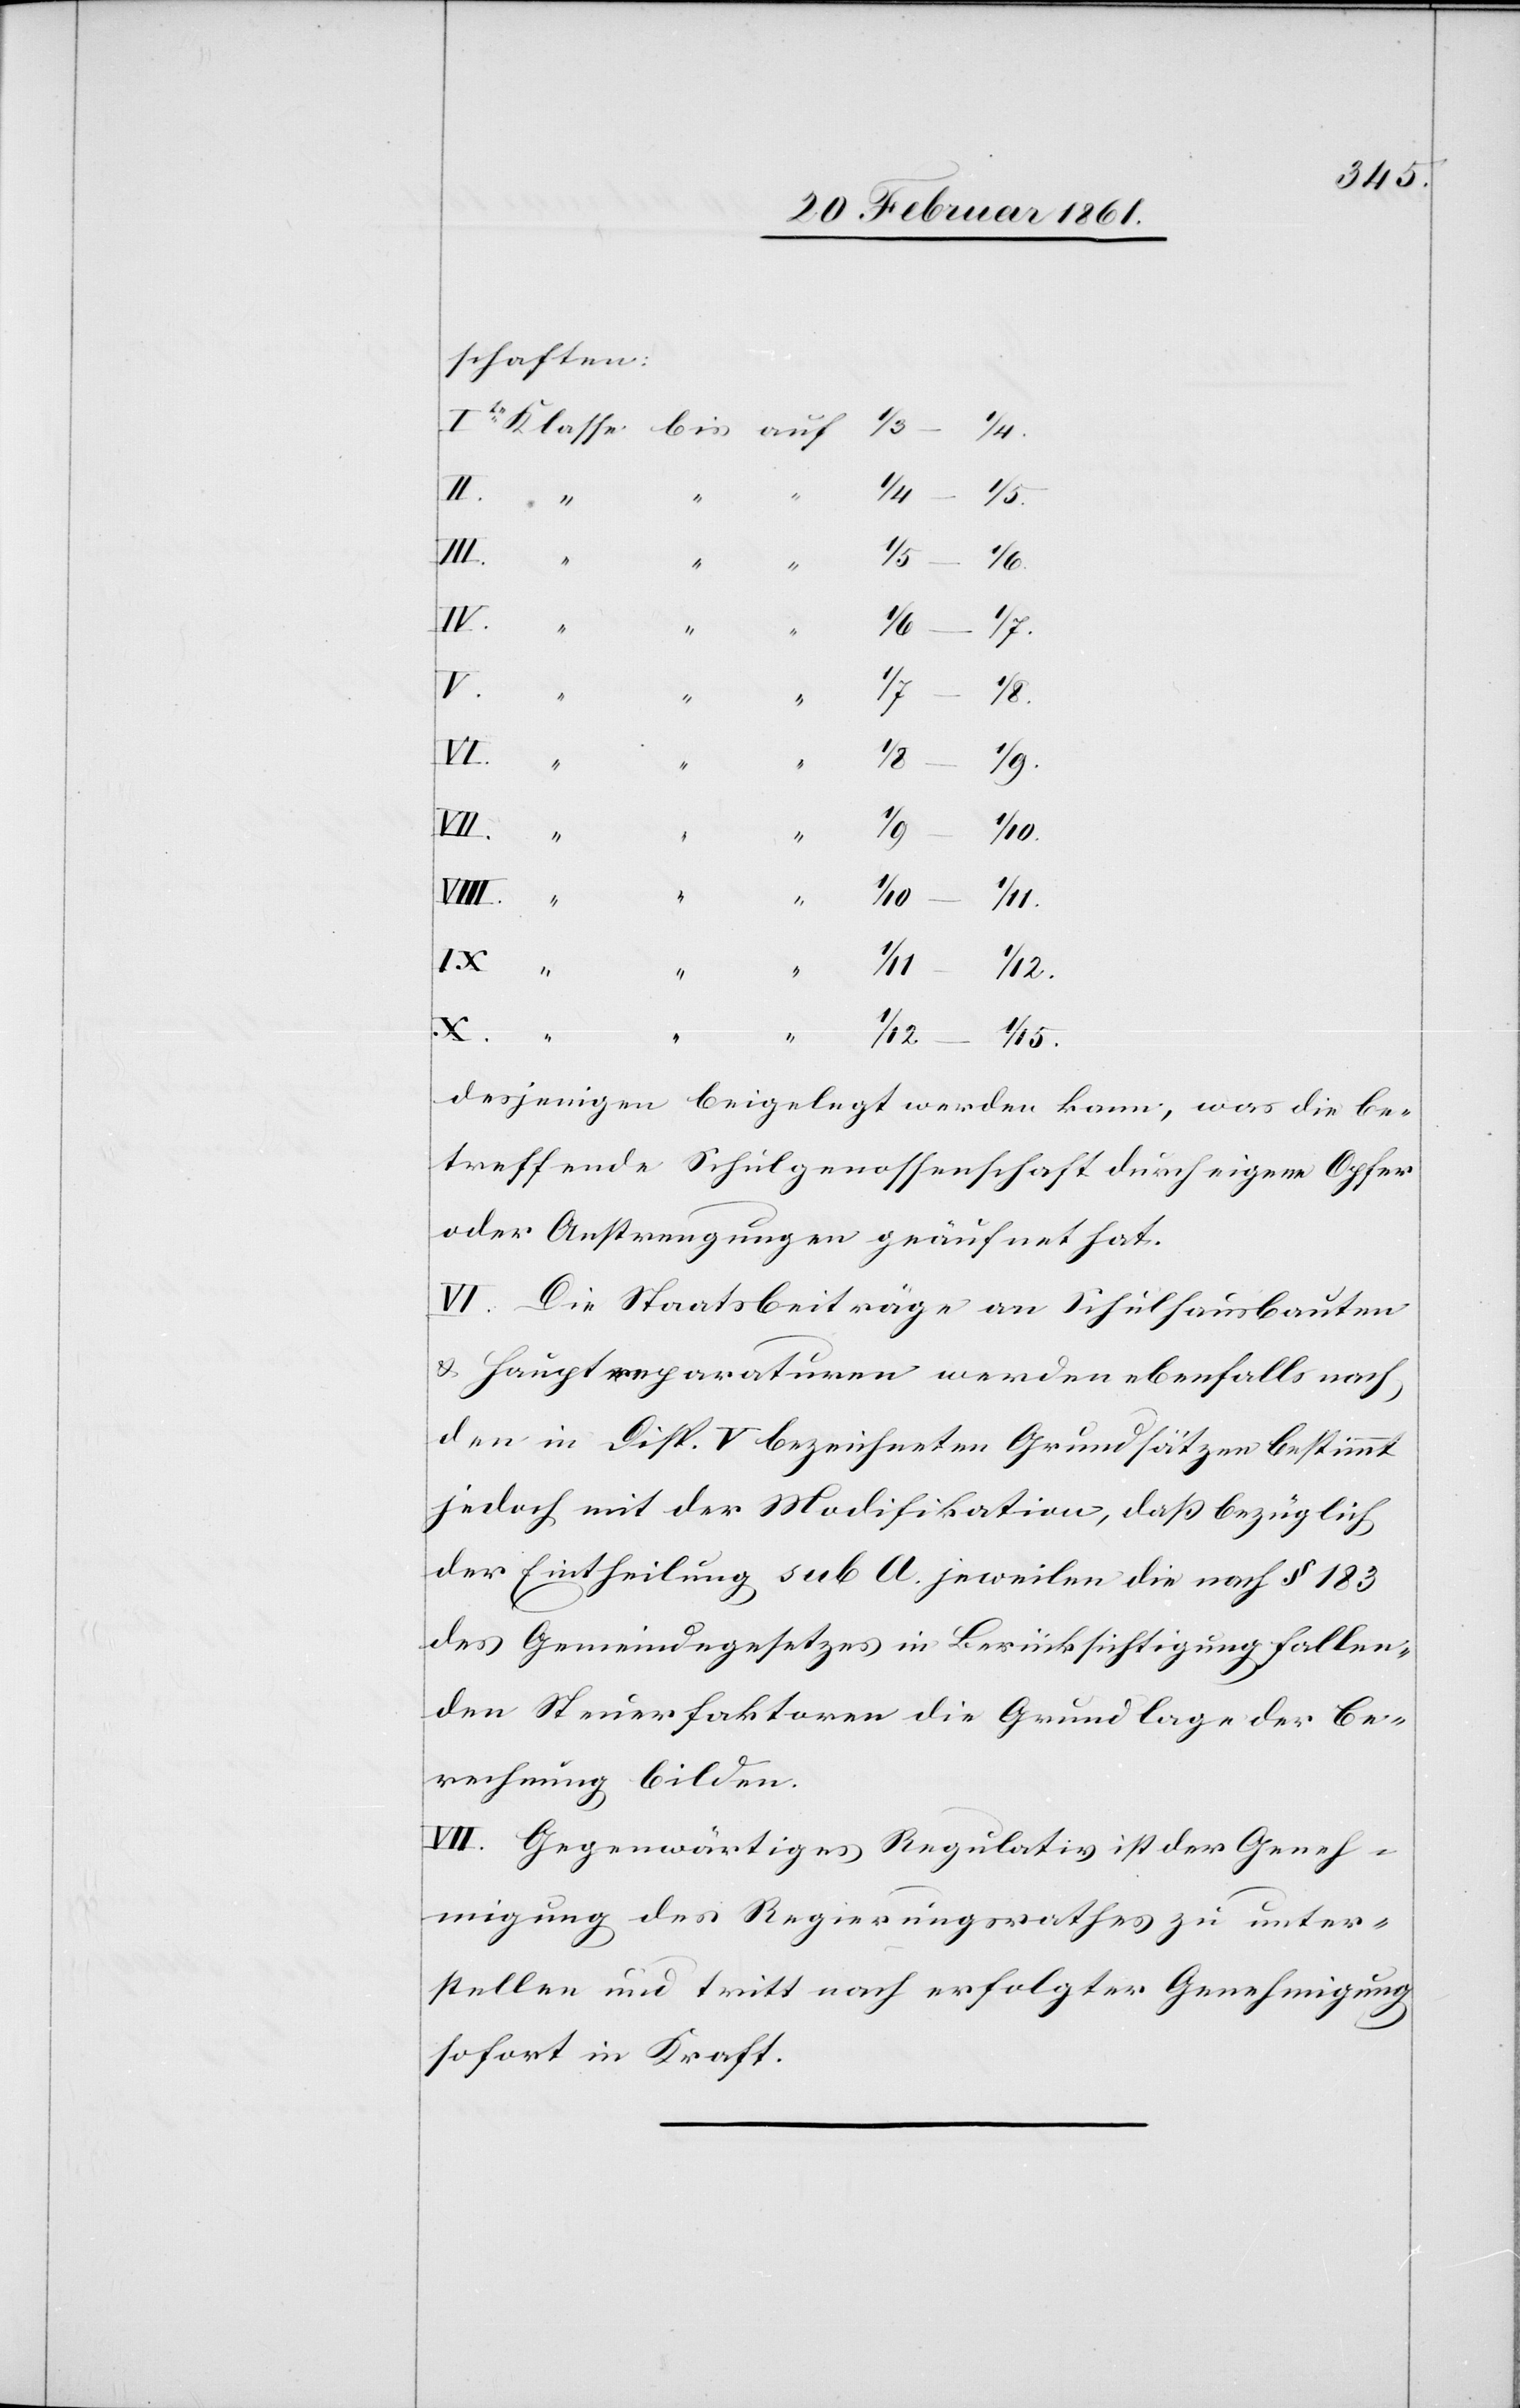
schaften:
V.
VI.
VII.
X.
desjenigen eingelegt werden kann, was die be¬
treffende Schulgenossenschaft durch eigene Opfer
oder Anstrengungen geäufnet hat.
VI. Die Staatsbeiträge an Schulhausbauten
u. Hauptreparaturen werden ebenfalls nach
den in Disp. V bezeichneten Grundsätzen bestimmt
jedoch mit der Modifikation, dass bezüglich
der Eintheilung sub A jeweilen die nach §. 183
des Gemeindegesetzes in Berücksichtigung fallen¬
den Steuerfaktoren die Grundlage der Be¬
rechnung bilden.
VII. Gegenwärtiges Regulativ ist der Geneh¬
migung des Regierungsrathes zu unter¬
stellen und tritt nach erfolgter Genehmigung
sofort in Kraft.